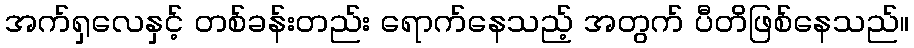
အက်ရှလေနှင့် တစ်ခန်းတည်း ရောက်နေသည့် အတွက် ပီတိဖြစ်နေသည်။